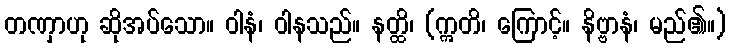
တဏှာဟု ဆိုအပ်သော။ ဝါနံ၊ ဝါနသည်။ နတ္ထိ၊ (ဣတိ၊ ကြောင့်။ နိဗ္ဗာနံ၊ မည်၏။)